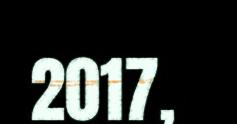
2017,